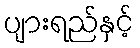
ပျားရည်နှင့်